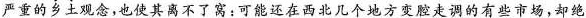
严重的乡土观念,也使其离不了窝:可能还在西北几个地方变腔走调的有些市场,却绝